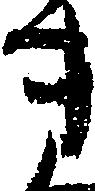
き